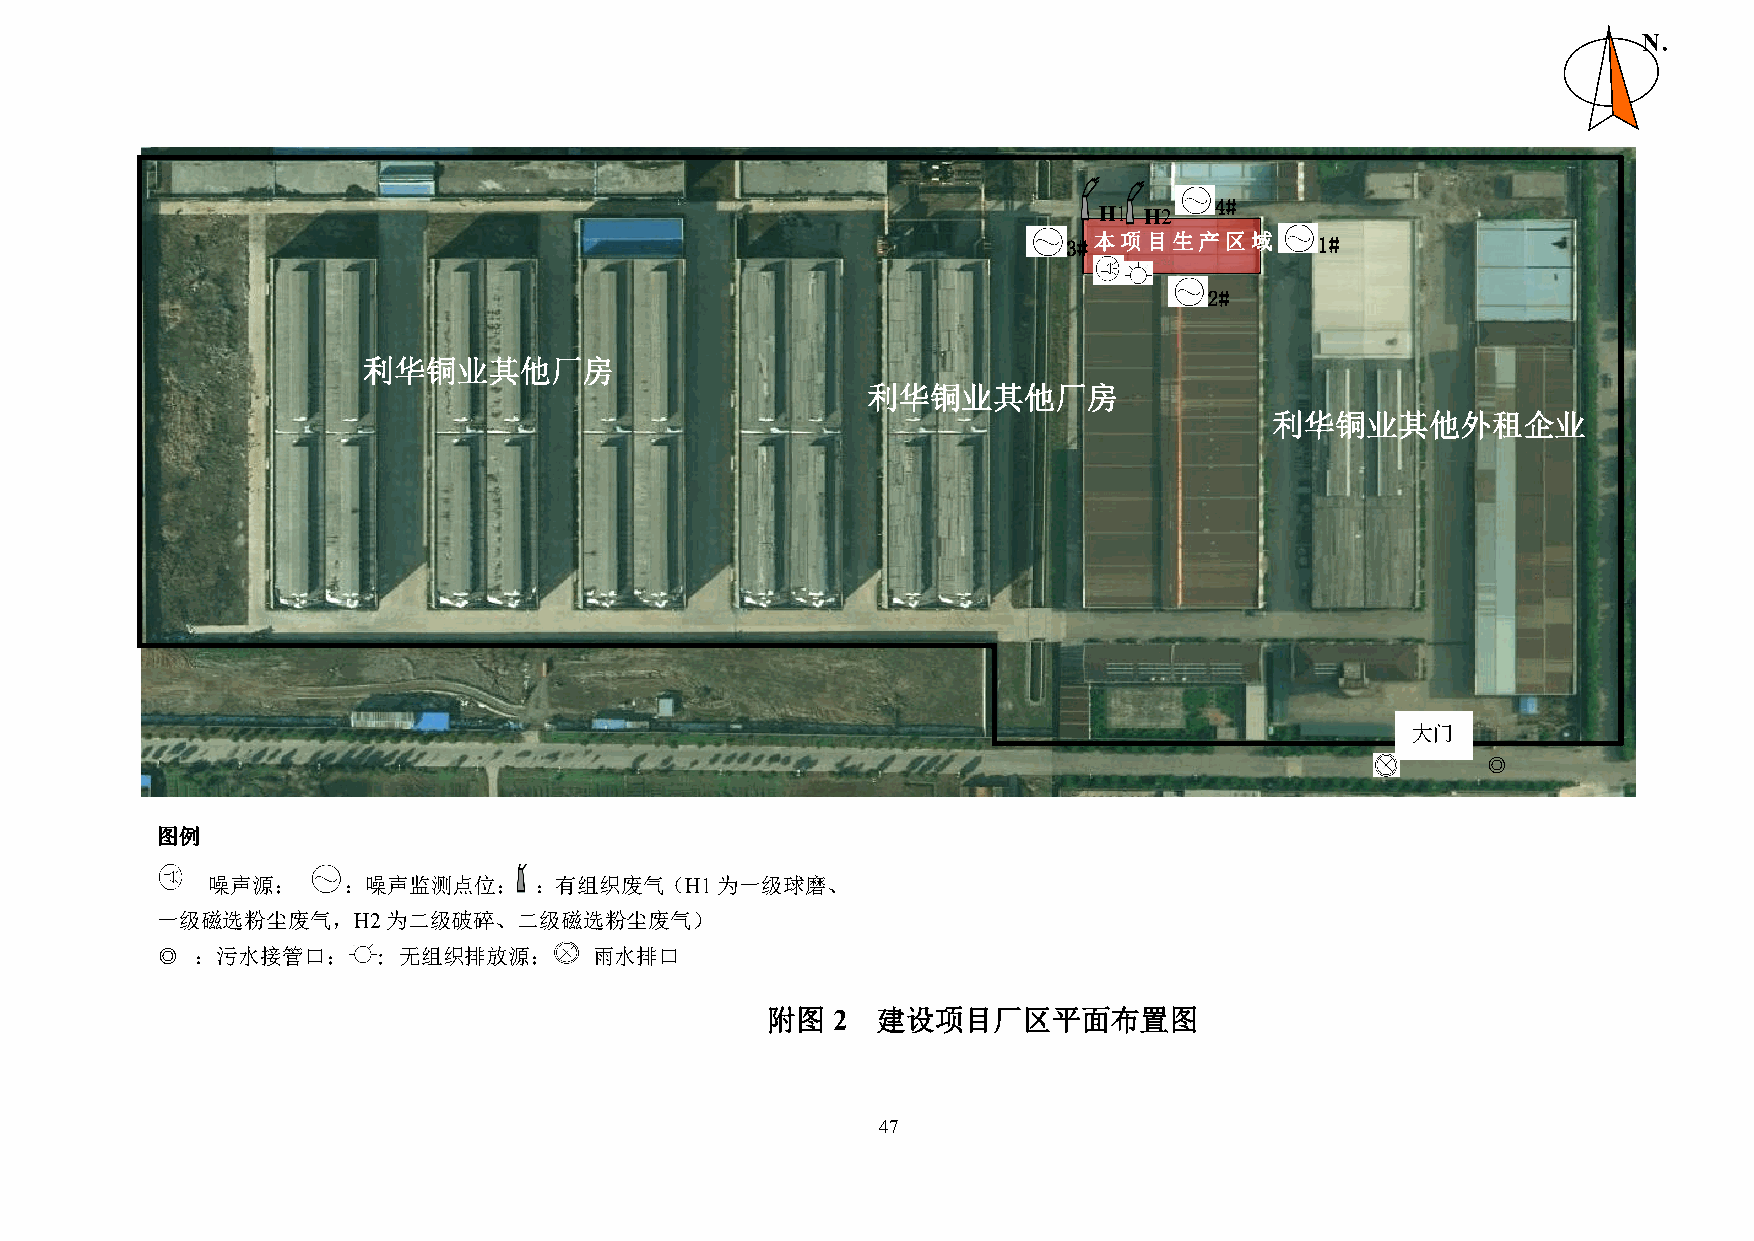
N．
 4#
 H1 H2
 3#本项目生产区域       1#
 2#
 利华铜业其他厂房
 利华铜业其他厂房
 利华铜业其他外租企业
 大门
 ◎
 图例
 噪声源；     ：噪声监测点位；    ：有组织废气（H1为一级球磨、
 一级磁选粉尘废气，H2为二级破碎、二级磁选粉尘废气）
 ◎  ：污水接管口；     ：无组织排放源；      雨水排口
 附图  2  建设项目厂区平面布置图
 47